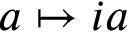
a \mapsto i a